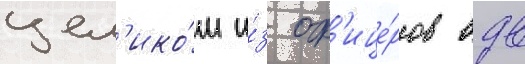
цел'ико́м и́з оф'ице́ров вдв